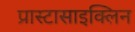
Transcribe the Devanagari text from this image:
प्रास्टासाइक्लिन